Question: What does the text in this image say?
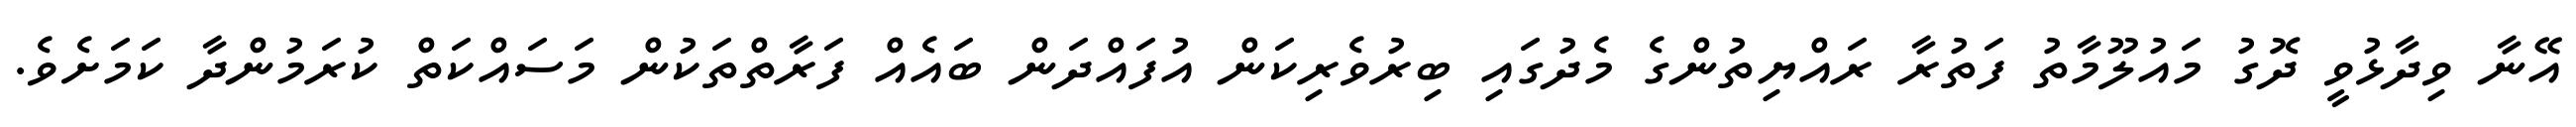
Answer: އޭނާ ވިދާޅުވީ ދޮގު މައުލޫމާތު ފަތުރާ ރައްޔިތުންގެ މެދުގައި ބިރުވެރިކަން އުފައްދަން ބައެއް ފަރާތްތަކުން މަސައްކަތް ކުރަމުންދާ ކަމަށެވެ.